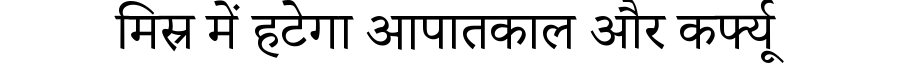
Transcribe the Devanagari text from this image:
मिस्र में हटेगा आपातकाल और कर्फ्यू